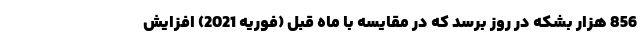
856 هزار بشکه در روز برسد که در مقایسه با ماه قبل (فوریه 2021) افزایش